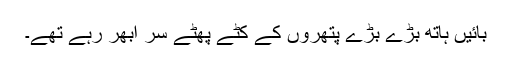
بائیں ہاتھ بڑے بڑے پتھروں کے کٹے پھٹے سر اُبھر رہے تھے۔